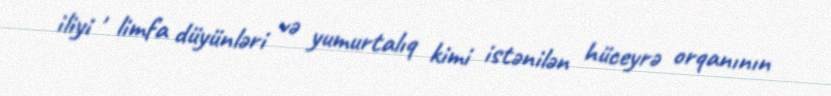
iliyi , limfa düyünləri və yumurtalıq kimi istənilən hüceyrə orqanının